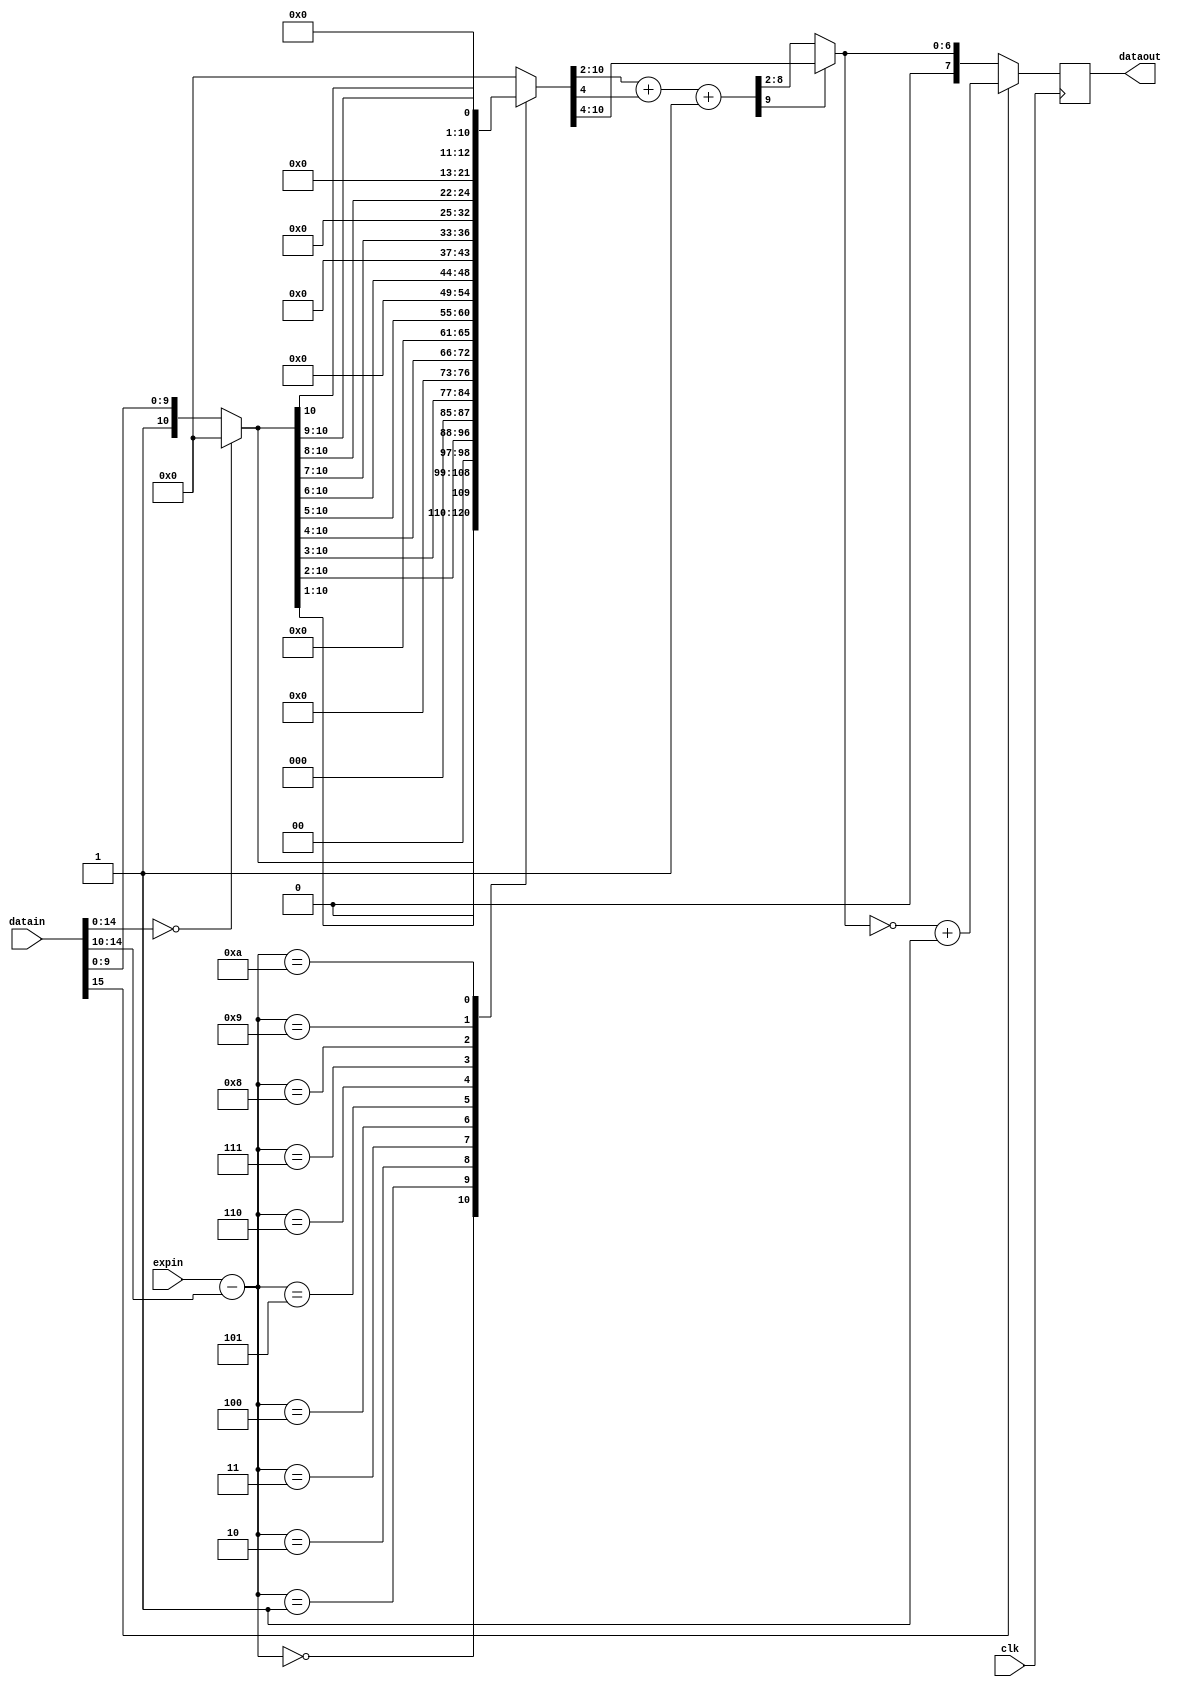
`timescale 1ns / 1ps
//////////////////////////////////////////////////////////////////////////////////
// Company: 
// 
// Module Name: float_to_fixed
// Description: Convert floating point numbers to fixed-point numbers.
//
// Revision 0.01 - File Created
//////////////////////////////////////////////////////////////////////////////////

module float_to_fixed(
  input  wire          clk,
//  input  wire          rst_n,
  input  wire [15:0]   datain,
  input  wire [4:0]    expin,
//  input  wire          datain_valid,
//  output reg           dataout_valid,
//  output reg  [7:0]    dataout_reg,
  output reg [7:0]    dataout
);

  wire [4:0]   _exp_diff;
  wire [10:0]  _content;
  reg  [10:0]  _content_tmp;
  assign _exp_diff = expin - datain[14:10];
  assign _content = (datain[14:0]==15'd0) ? 11'd0 : {1'b1, datain[9:0]}; 
  always@(_content or _exp_diff) begin
      case(_exp_diff) 
        5'd0:  _content_tmp = _content;
        5'd1:  _content_tmp = {1'b0, _content[10:1]};
        5'd2:  _content_tmp = {2'b0, _content[10:2]};
        5'd3:  _content_tmp = {3'b0, _content[10:3]};
        5'd4:  _content_tmp = {4'b0, _content[10:4]};
        5'd5:  _content_tmp = {5'b0, _content[10:5]};
        5'd6:  _content_tmp = {6'b0, _content[10:6]};
        5'd7:  _content_tmp = {7'b0, _content[10:7]};
        5'd8:  _content_tmp = {8'b0, _content[10:8]};
        5'd9:  _content_tmp = {9'b0, _content[10:9]};
        5'd10: _content_tmp = {10'b0, _content[10]};
        default: _content_tmp = {11'b0};
      endcase
    end
  
  wire [9:0]    _data_orig_tmp;
  wire [7:0]    _data_orig;
  wire [7:0]    _dataout;
  assign _data_orig_tmp = _content_tmp[10:2] + _content_tmp[4] + 1'b1;
  assign _data_orig = _data_orig_tmp[9] ? {1'b0, _content_tmp[10:4]} : {1'b0, _data_orig_tmp[8:2]};
  assign _dataout = datain[15] ? (~_data_orig + 1'b1) : _data_orig;
  
//  always@(posedge clk) begin
//    if(datain_valid) begin
//      dataout <= _dataout;
//      dataout_valid <= 1'b1;
//    end else begin
//      dataout <= 8'b0;
//      dataout_valid <= 1'b0;
//    end
//  end
  always@(posedge clk) begin
//    dataout_valid <= datain_valid;
    dataout <= _dataout;
  end
 
endmodule